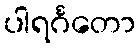
ပါရင်္ဂတော